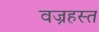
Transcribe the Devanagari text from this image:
वज्रहस्त